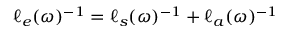
\ell _ { e } ( \omega ) ^ { - 1 } = \ell _ { s } ( \omega ) ^ { - 1 } + \ell _ { a } ( \omega ) ^ { - 1 }